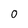
Character: 0